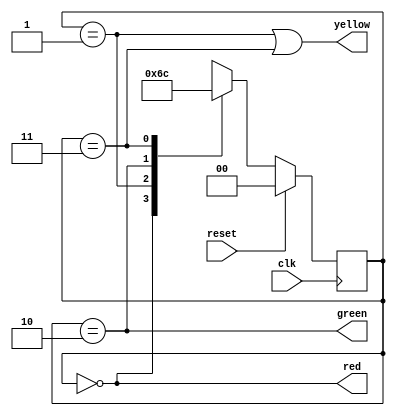
module fsm_trafic_light(clk,reset, red,yellow, green);
input clk, reset;
//output [1:0] state;
output red,yellow,green;
reg [1:0] next_state;
reg[1:0] state;
reg[1:0]  a,b,c,d,e,f;
parameter [1:0] FIRST= 2'b00;
parameter [1:0] SECOND= 2'b01;
parameter [1:0] THIRD = 2'b10;
parameter [1:0] FOURTH=2'b11;
always @(posedge clk) // sequential
begin
if (reset) state <= FIRST;
else state <= next_state;
end

always @* // combinational
begin
case(state)
FIRST: if (reset)
 	next_state = FIRST;
	else next_state = SECOND;
SECOND: if (reset)
	next_state = FIRST;
	else 	next_state = THIRD;
THIRD: if (reset) 
	next_state = FIRST;
	else 	next_state = FOURTH;
FOURTH: if (reset) 
	next_state = FIRST;
	else 	next_state = FIRST;	
	endcase end
// output logic described using continuous assignment

assign red = (state == FIRST);
assign yellow = (state == SECOND | (state == FOURTH));
assign green = (state == THIRD);


initial
begin
   //a = #10 1'b1;// The simulator assigns 1 to a at time 10
  // b = #10 1'b0;// The simulator assigns 0 to b at time 30
  // c = #10 1'b1;// The simulator assigns 1 to c at time 70
end

initial
begin
 // d <=  #10  1'b1;// The simulator assigns 1 to d at time 10
 // e <=  #10  1'b0;// The simulator assigns 0 to e at time 20
  f  <= #10  1'b1;// The simulator assigns 1 to f at time 40
end

always @ (posedge clk )
  begin
  a=1;
  b=a;
  end

always @ (posedge clk )
  begin
 c<=1;
  d<=c;
  end
endmodule



module tb_fsm_trafic_light();
reg reset;
wire red, yellow, green;
reg clk=0;

fsm_trafic_light DUT (clk,reset, red, yellow, green);

always #5 clk = ~clk;

 

initial
begin

reset=1'b1; #5;
reset=1'b1; #5;
reset=1'b0; #5;
reset=1'b0; #5;
reset=1'b0; #5;
reset=1'b0; #5;
reset=1'b0; #5;
reset=1'b0; #5;
reset=1'b0; #5;
reset=1'b1; #5;
reset=1'b1; #5;

end
endmodule